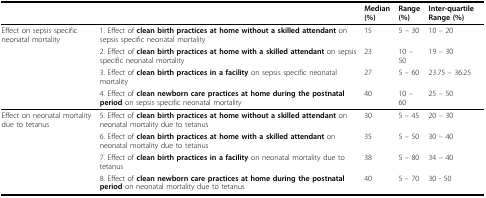
<table><thead><tr><td>[EMPTY_CELL]</td><td>[EMPTY_CELL]</td><td><b>Median (%)</b></td><td><b>Range (%)</b></td><td><b>Inter-quartile Range (%)</b></td></tr></thead><tbody><tr><td>Effect on sepsis specific neonatal mortality</td><td>1. Effect of <b>clean birth practices at home without a skilled attendant</b> on sepsis specific neonatal mortality</td><td>15</td><td>5 – 30</td><td>10 – 20</td></tr><tr><td>[EMPTY_CELL]</td><td>2. Effect of <b>clean birth practices at home with a skilled attendant</b> on sepsis specific neonatal mortality</td><td>23</td><td>10 – 50</td><td>19 – 30</td></tr><tr><td>[EMPTY_CELL]</td><td>3. Effect of <b>clean birth practices in a facility</b> on sepsis specific neonatal mortality</td><td>27</td><td>5 – 60</td><td>23.75 – 36.25</td></tr><tr><td>[EMPTY_CELL]</td><td>4. Effect of <b>clean newborn care practices at home during the postnatal period</b> on sepsis specific neonatal mortality</td><td>40</td><td>10 – 60</td><td>25 – 50</td></tr><tr><td>Effect on neonatal mortality due to tetanus</td><td>5. Effect of <b>clean birth practices at home without a skilled attendant</b> on neonatal mortality due to tetanus</td><td>30</td><td>5 – 45</td><td>20 – 30</td></tr><tr><td>[EMPTY_CELL]</td><td>6. Effect of <b>clean birth practices at home with a skilled attendant</b> on neonatal mortality due to tetanus</td><td>35</td><td>5 – 50</td><td>30 – 40</td></tr><tr><td>[EMPTY_CELL]</td><td>7. Effect of <b>clean birth practices in a facility</b> on neonatal mortality due to tetanus</td><td>38</td><td>5 – 80</td><td>34 – 40</td></tr><tr><td>[EMPTY_CELL]</td><td>8. Effect of <b>clean newborn care practices at home during the postnatal period</b> on neonatal mortality due to tetanus</td><td>40</td><td>5 – 70</td><td>30 - 50</td></tr></tbody></table>